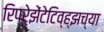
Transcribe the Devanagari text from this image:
रिप्रेझेंटेटिव्ह्झच्या